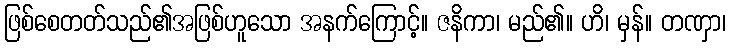
ဖြစ်စေတတ်သည်၏အဖြစ်ဟူသော အနက်ကြောင့်။ ဇနိကာ၊ မည်၏။ ဟိ၊ မှန်။ တဏှာ၊